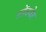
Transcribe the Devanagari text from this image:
ग्रोंक्येर